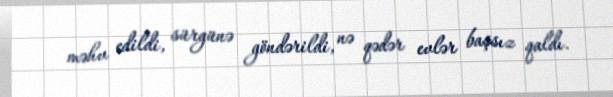
məhv edildi, sürgünə göndərildi, nə qədər evlər başsız qaldı.